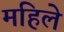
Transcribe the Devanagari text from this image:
महिले